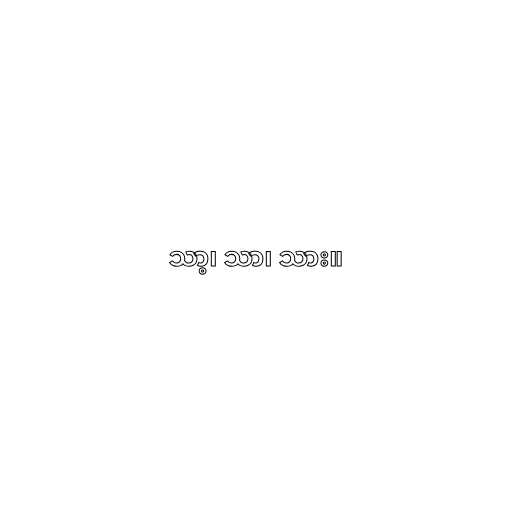
သာ့၊ သာ၊ သား။